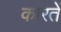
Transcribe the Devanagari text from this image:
कारतें